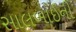
સાલબાઈની